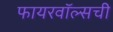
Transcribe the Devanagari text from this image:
फायरवॉल्सची